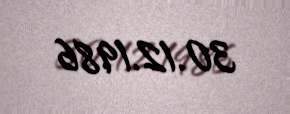
30.12.1986